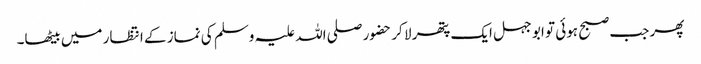
پھر جب صبح ہوئی تو ابو جہل ایک پتھر لا کر حضور صلی اللہ علیہ وسلم کی نماز کے انتظار میں بیٹھا۔